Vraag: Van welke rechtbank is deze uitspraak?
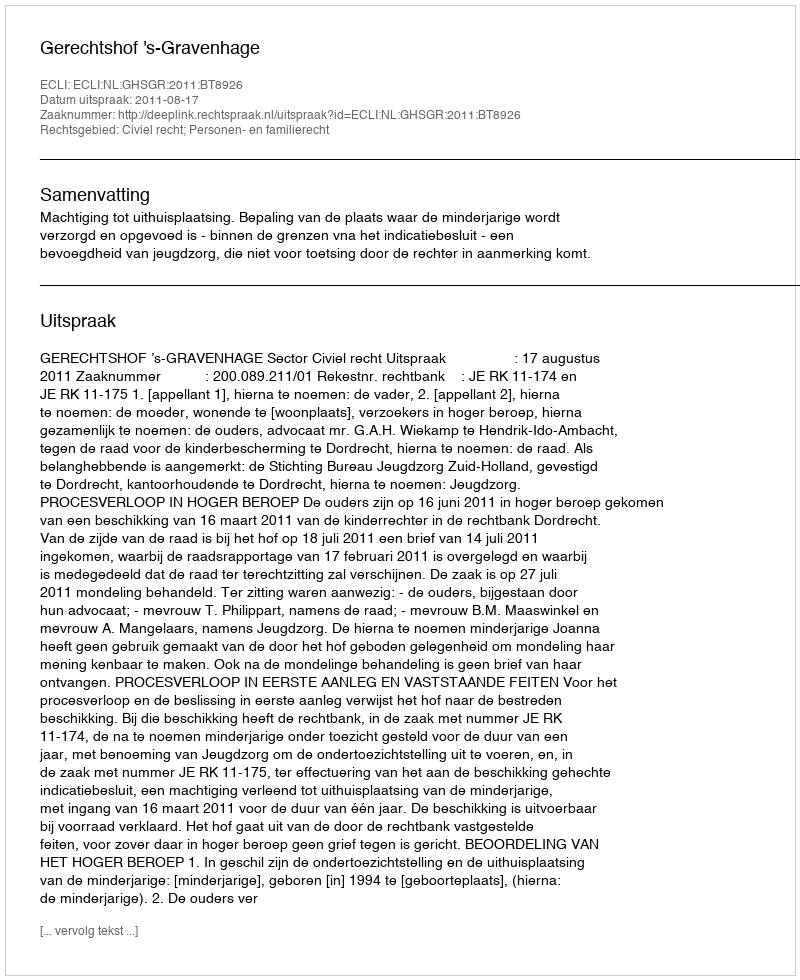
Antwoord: Gerechtshof 's-Gravenhage